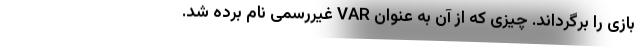
بازی را برگرداند. چیزی که از آن به عنوان VAR غیررسمی نام برده شد.